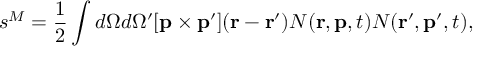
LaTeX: s ^ { M } = { \frac { 1 } { 2 } } \int d \Omega d \Omega ^ { \prime } [ { \bf p } \times { \bf p } ^ { \prime } ] ( { \bf r } - { \bf r } ^ { \prime } ) { \cal N } ( { \bf r } , { \bf p } , t ) { \cal N } ( { \bf r } ^ { \prime } , { \bf p } ^ { \prime } , t ) ,